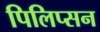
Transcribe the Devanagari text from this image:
पिलिप्सन